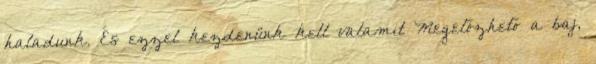
haladunk. És ezzel kezdenünk kell valamit Megelőzhető a baj,